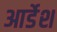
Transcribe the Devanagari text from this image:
आर्डेश